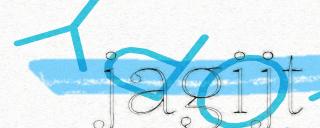
jagijt